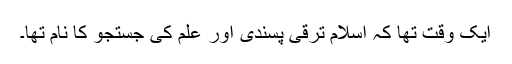
ایک وقت تھا کہ اسلام ترقی پسندی اور علم کی جستجو کا نام تھا۔